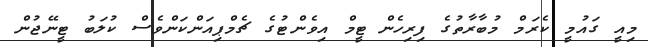
މިއީ ގައުމީ ކެރަމް މުބާރާތުގެ ފިރިހެން ޓީމް އިވެންޓުގެ ޗެމްޕިއަންކަންވެސް ކުލަބު ޓީނޭޖުން